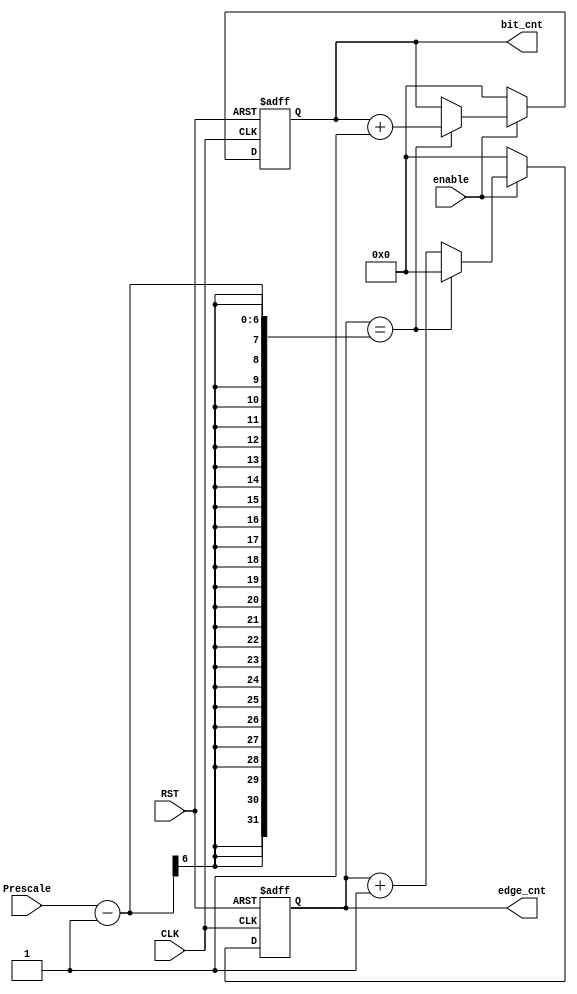
module edge_bit_counter (
	input wire    	  CLK ,RST ,
	input wire		  enable ,
	input wire  [5:0] Prescale ,

	output reg  [5:0] edge_cnt ,
	output reg  [5:0] bit_cnt 

	);

always @(posedge CLK or negedge RST) begin
		
	if (!RST) begin
		bit_cnt  <= 6'b0 ;
		edge_cnt <= 6'b0 ;
	end

	else if (enable) begin
		if (edge_cnt == (Prescale-1)) begin 
			bit_cnt  <= bit_cnt + 1 ;
			edge_cnt <= 0 ;
		end
		
		else edge_cnt <= edge_cnt + 1  ;
	end
	else begin
		bit_cnt  <= 0 ;
		edge_cnt <= 0 ;
	end

end
endmodule